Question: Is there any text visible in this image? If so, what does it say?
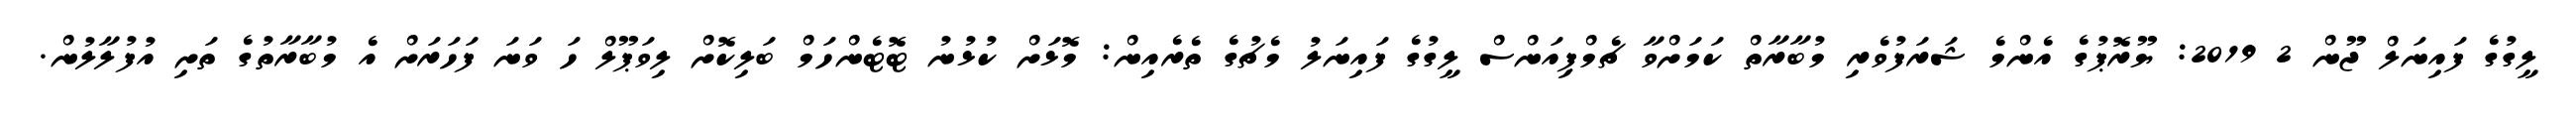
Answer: ލީގުގެ ފައިނަލް ޖޫން 2 2019: ޔޫރޮޕުގެ އެންމެ ޝަރަފުވެރި މުބާރާތް ކަމަށްވާ ޗެމްޕިއަންސް ލީގުގެ ފައިނަލު މެޗުގެ ތެރެއިން: މޮޅަށް ކުޅުނު ޓޮޓެންހަމް ބަލިކޮށް ލިވަޕޫލް ހަ ވަނަ ފަހަރަށް އެ މުބާރާތުގެ ތަށި އުފުލާލުން.